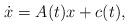
LaTeX: \begin{align*} \dot x = A(t) x + c(t),\end{align*}